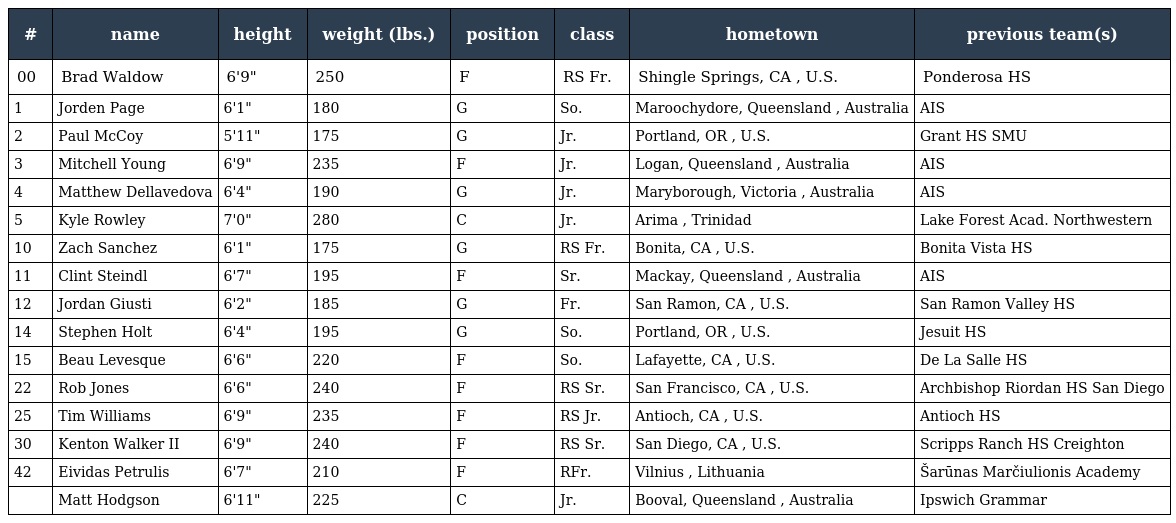
| # | name | height | weight (lbs.) | position | class | hometown | previous team(s) |
 | --- | --- | --- | --- | --- | --- | --- | --- |
 | 00 | Brad Waldow | 6'9" | 250 | F | RS Fr. | Shingle Springs, CA , U.S. | Ponderosa HS |
 | 1 | Jorden Page | 6'1" | 180 | G | So. | Maroochydore, Queensland , Australia | AIS |
 | 2 | Paul McCoy | 5'11" | 175 | G | Jr. | Portland, OR , U.S. | Grant HS SMU |
 | 3 | Mitchell Young | 6'9" | 235 | F | Jr. | Logan, Queensland , Australia | AIS |
 | 4 | Matthew Dellavedova | 6'4" | 190 | G | Jr. | Maryborough, Victoria , Australia | AIS |
 | 5 | Kyle Rowley | 7'0" | 280 | C | Jr. | Arima , Trinidad | Lake Forest Acad. Northwestern |
 | 10 | Zach Sanchez | 6'1" | 175 | G | RS Fr. | Bonita, CA , U.S. | Bonita Vista HS |
 | 11 | Clint Steindl | 6'7" | 195 | F | Sr. | Mackay, Queensland , Australia | AIS |
 | 12 | Jordan Giusti | 6'2" | 185 | G | Fr. | San Ramon, CA , U.S. | San Ramon Valley HS |
 | 14 | Stephen Holt | 6'4" | 195 | G | So. | Portland, OR , U.S. | Jesuit HS |
 | 15 | Beau Levesque | 6'6" | 220 | F | So. | Lafayette, CA , U.S. | De La Salle HS |
 | 22 | Rob Jones | 6'6" | 240 | F | RS Sr. | San Francisco, CA , U.S. | Archbishop Riordan HS San Diego |
 | 25 | Tim Williams | 6'9" | 235 | F | RS Jr. | Antioch, CA , U.S. | Antioch HS |
 | 30 | Kenton Walker II | 6'9" | 240 | F | RS Sr. | San Diego, CA , U.S. | Scripps Ranch HS Creighton |
 | 42 | Eividas Petrulis | 6'7" | 210 | F | RFr. | Vilnius , Lithuania | Šarūnas Marčiulionis Academy |
 |  | Matt Hodgson | 6'11" | 225 | C | Jr. | Booval, Queensland , Australia | Ipswich Grammar |